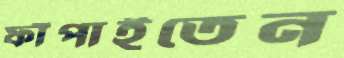
ফাঁপাইতেন